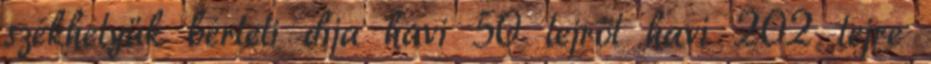
székhelyük bérleti díja havi 50 lejről havi 202 lejre